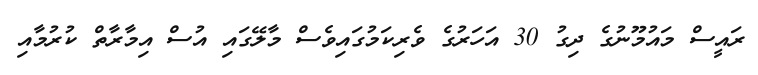
ރައީސް މައުމޫނުގެ ދިގު 30 އަހަރުގެ ވެރިކަމުގައިވެސް މާލޭގައި އުސް އިމާރާތް ކުރުމާއި